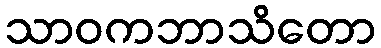
သာဝကဘာသိတော